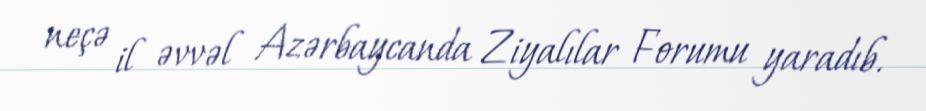
neçə il əvvəl Azərbaycanda Ziyalılar Forumu yaradıb.